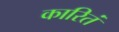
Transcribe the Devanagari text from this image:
कारितं